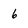
Character: 6